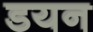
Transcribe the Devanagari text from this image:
डयन